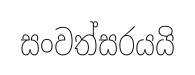
සංවත්සරයයි